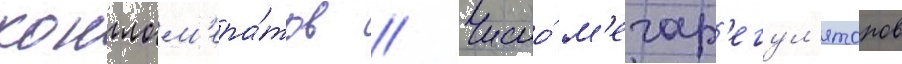
конглом'ера́тов // Число́ м'егар'егул'яторов